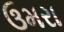
ઉમરા